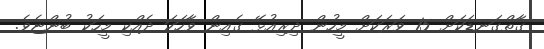
ގާތްގަނޑަކަށް 15 ވަރަކަށް މީހުން ދިރިއުޅޭ ގެއިން ވާހަކަ ދެއްކި މީހަކު ބުންޏެވެ.